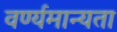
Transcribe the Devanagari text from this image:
वर्ण्यमान्यता